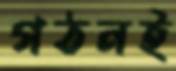
গঠনই